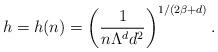
LaTeX: \begin{align*}h = h(n) = \left( \frac{1}{n \Lambda^{d} d^2} \right)^{1 / (2\beta + d)}.\end{align*}